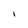
Character: I